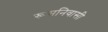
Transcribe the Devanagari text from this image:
रूसनिवासी